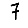
Digit: 7